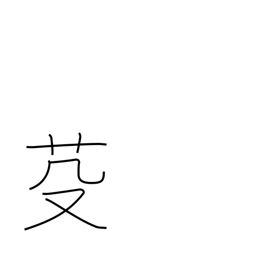
Meaning: mow